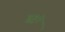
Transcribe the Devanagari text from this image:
झुडूपे